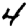
Digit: 4